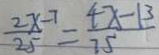
\frac { 2 x - 7 } { 2 5 } = \frac { 4 x - 1 3 } { 7 5 }